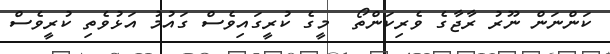
ކަންނަން ނޫރު ރާޖާގެ ވެރިކަންތޯ  މީގެ ކުރީގައިވެސް ގައުމު އަޅުވެތި ކުރީވެސް